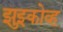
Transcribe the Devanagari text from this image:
झुझ्कोव्ह